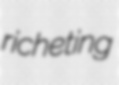
richeting